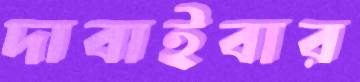
দাবাইবার